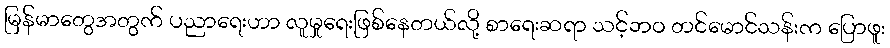
မြန်မာတွေအတွက် ပညာရေးဟာ လူမှုရေးဖြစ်နေတယ်လို့ စာရေးဆရာ သင့်ဘဝ တင်မောင်သန်းက ပြောဖူး